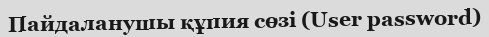
Пайдаланушы құпия сөзі (User password)